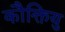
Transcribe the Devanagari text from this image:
कौक्तियु